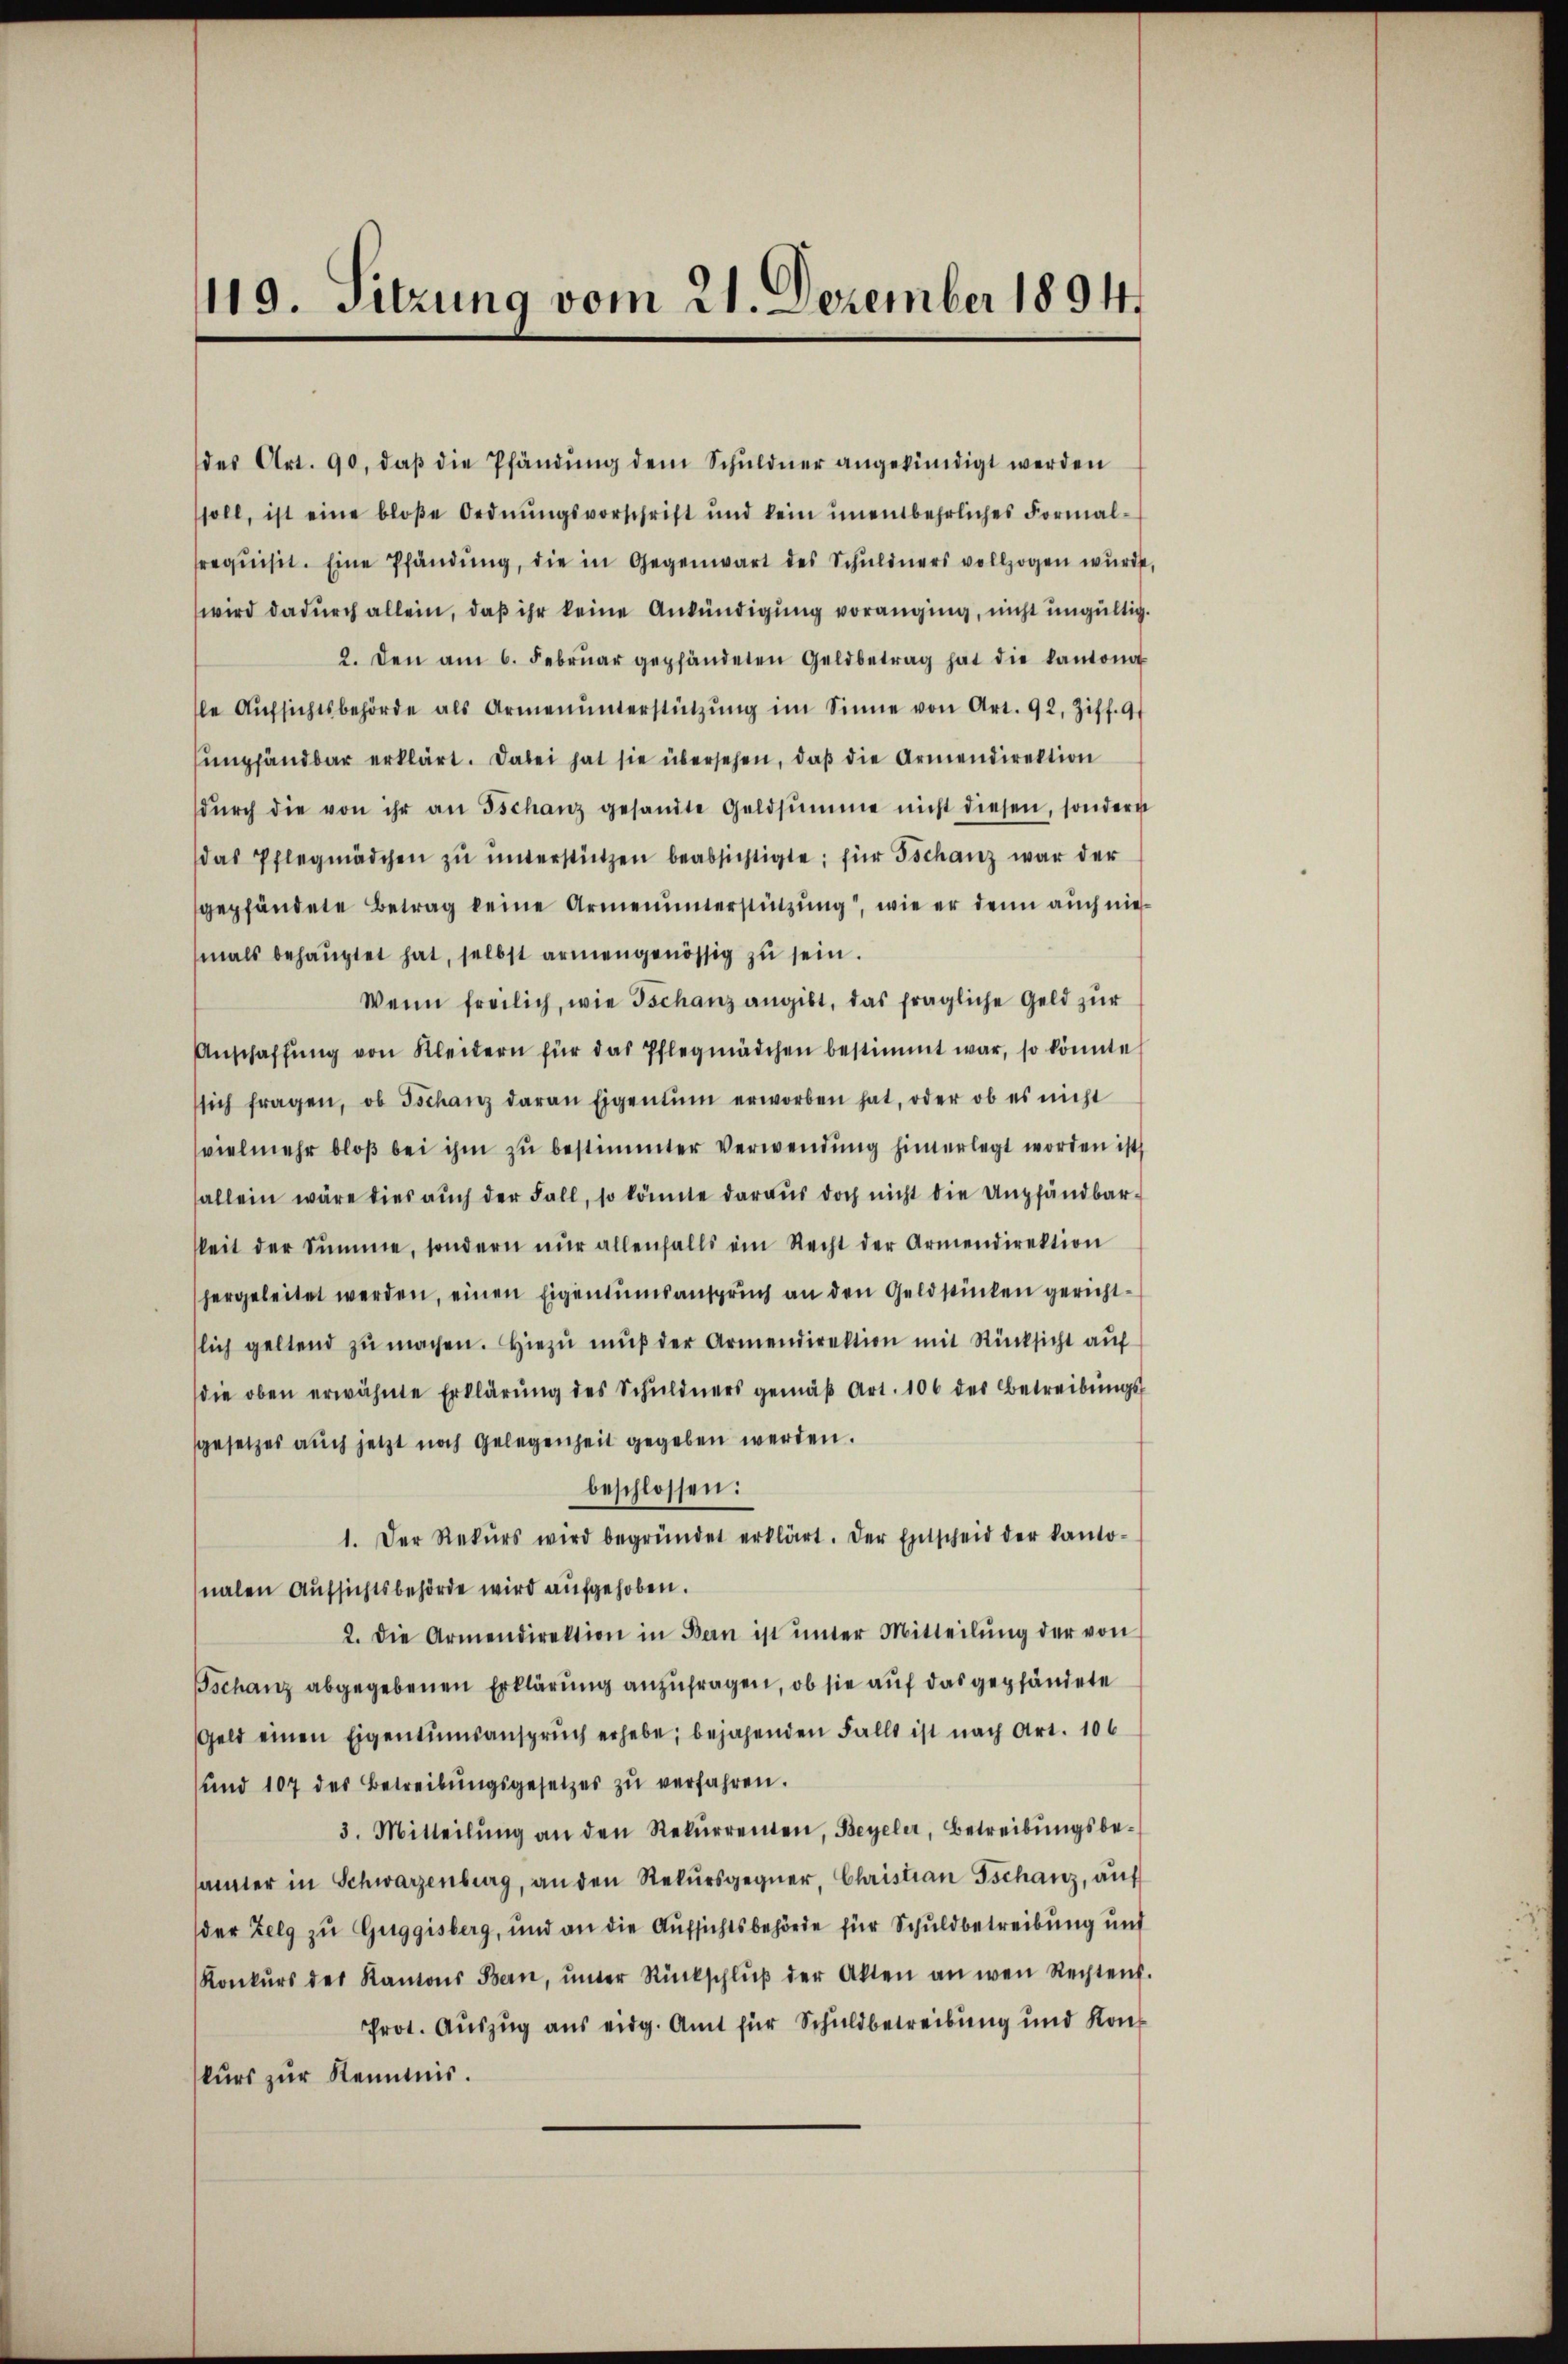
119. Sitzung vom 21. Dezember 1894.

des Art. 90, daβ die Pfändung dem Schuldner angekündigt werden
soll, ist eine bloβe Ordnŭngsvorschrift und kein ŭnentbehrliches Formal-
requisit. Eine Pfändŭng, die in Gegenwart des Schuldners vollzogen wurd
wird dadurch allein, daß ihr keine Ankündigung voranging, nicht ungültig
2. den am 6. Febrŭar gepfändeten Geldbetrag hat die kantona
e Aŭfsichtsbehörde als Armenŭnterstützŭng im Sinne von Art. 92, Ziff. 9
sumpfandbar erklärt. Dabei hat sie übersehen, daß die Armendirektion
dŭrch die von ihr an Tschanz gesandte Geldsumme nicht diesen, sondern
das Pflegmädchen zŭ ŭnterstützen beabsichtigte; für Tschanz war der
gepfändete Betrag keine Armenunterstützŭng, wie er denn auch nich
mals behauptet hat, selbst armengenössig zu sein.
Wenn freilich, wie Tschanz angibt, das fragliche Geld zŭr
Anschaffŭng von Kleidern für das Pflegmädchen bestimmt war, so könnte
sich fragen, ob Ischanz daran Eigentum erworben hat, oder ob es nicht
vielmehr bloß bei ihm zu bestimmter Verwendung hinterlegt worden ist,
fallein wäre dies aŭch der Fall, so könnte daraŭs doch nicht die empfändbar-
keit der Summe, sondern nŭr allenfalls ein Recht der Armendirektion
hergeleitet werden, einen Eigentumsanspruch an den Geldstücken gerichtlich geltend zŭ machen. Hiezŭ mŭβ der Armendirektion mit Rücksicht aŭf
die oben erwähnte Erklärŭng des Schuldners gemäβ Art. 106 des Betreibŭngs-
sgesetzes auch jetzt noch Gelegenheit gegeben werden.
beschlossen:
1. Der Rekŭrs wird begründet erklärt. Der Entscheid der kanto-
nalen Aufsichtsbehörde wird aufgehoben.
2. Die Armendirektion in Bern ist ŭnter Mitteilŭng der von
Tschanz abgegebenen Erklärung anzufragen, ob sie auf das gepfändete
Geld einen Eigentumsansprŭch erhebe; bejahenden Falls ist nach Art. 106
und 107 des Betreibŭngsgesetzes zŭ verfahren.
3. Mitteilŭng an den Rekŭrrenten, Beyeler, Betreibŭngsbe-
samter in Schwarzenburg, an den Rekŭrsgegner, Christian Tschanz, auf
der Zelg zu Guggisberg, und an die Aufsichtsbehörde für Schuldbetreibung und
Konkŭrs des Kantons Bern, ŭnter Rückschlŭβ der Akten an wen Rechtens
Prot. Auszug aus eidg. Amt für Schuldbetreibung und Konkurs zur Kenntnis.